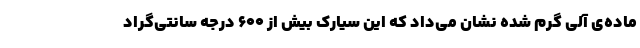
ماده‌ی آلی گرم شده نشان می‌داد که این سیارک بیش از ۶۰۰ درجه سانتی‌گراد